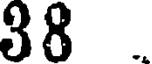
38 .